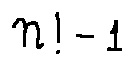
n ! - 1